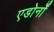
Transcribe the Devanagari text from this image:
एडोर्नों